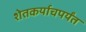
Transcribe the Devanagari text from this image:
शेतकर्याचपर्यंत